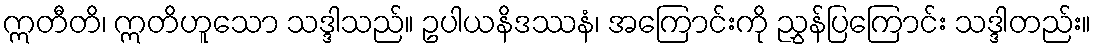
ဣတီတိ၊ ဣတိဟူသော သဒ္ဒါသည်။ ဥပါယနိဒဿနံ၊ အကြောင်းကို ညွှန်ပြကြောင်း သဒ္ဒါတည်း။